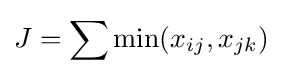
J=\sum \min(x_{ij},x_{jk})